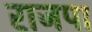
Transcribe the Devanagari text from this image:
राजपा